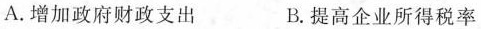
A.增加政府财政支出 B.提高企业所得税率